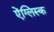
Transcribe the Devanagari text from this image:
ऐंग्लिस्क